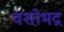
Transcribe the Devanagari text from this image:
वशोभद्र